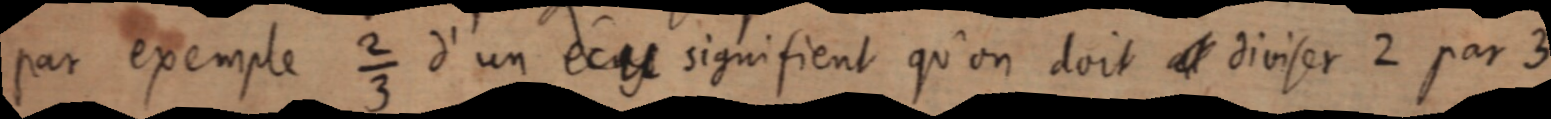
par exemple ⅔ d’un écu signifient qu’on doit [et] diviser 2 par 3,